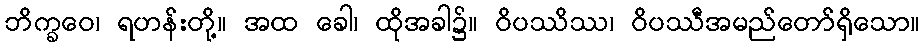
ဘိက္ခဝေ၊ ရဟန်းတို့။ အထ ခေါ၊ ထိုအခါ၌။ ဝိပဿိဿ၊ ဝိပဿီအမည်တော်ရှိသော။